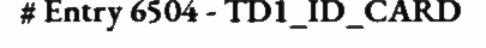
# Entry 6504 - TD1_ID_CARD